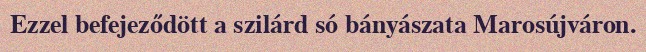
Ezzel befejeződött a szilárd só bányászata Marosújváron.